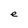
Character: e